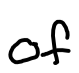
Text: of
Cross-out: clean
Writing tool: digital_black